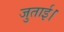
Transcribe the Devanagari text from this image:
जुताई।